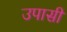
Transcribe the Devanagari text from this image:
उपासी